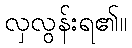
လှလွန်းရ၏။